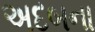
અદબના